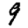
Digit: 9